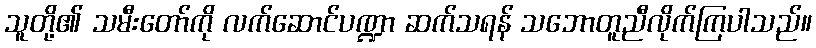
သူတို့၏ သမီးတော်ကို လက်ဆောင်ပဏ္ဍာ ဆက်သရန် သဘောတူညီလိုက်ကြပါသည်။